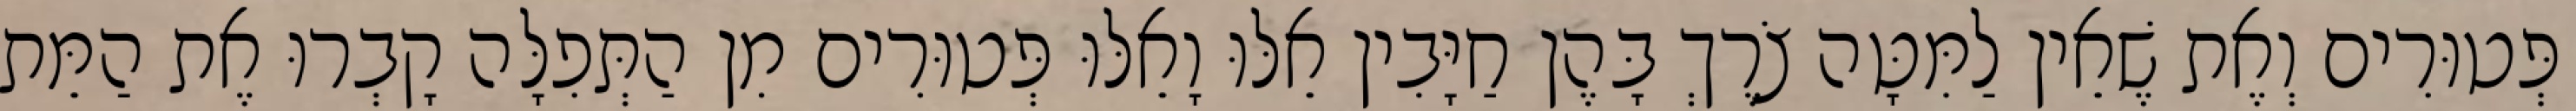
פְּטוּרִים וְאֶת שֶׁאֵין לַמִּטָּה צֹרֶךְ בָּהֶן חַיָּבִין אֵלּוּ וָאֵלּוּ פְּטוּרִים מִן הַתְּפִלָּה קָבְרוּ אֶת הַמֵּת